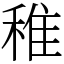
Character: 稚